Civil Veterinary Department. United Provinces 1912-22 - 1912-1922
Year: 1912
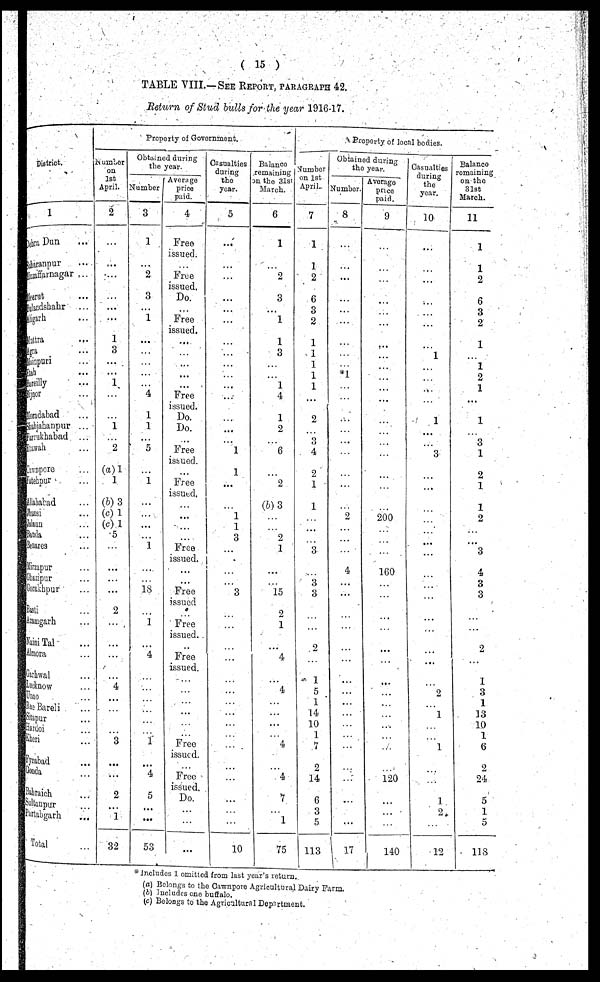
( 15 )
TABLE VIII.—SEE REPORT, PARAGRAPH 42.
Return of Stud bulls for the year 1916-17.
District.
1
Dehra Dun ...
Saharanpur ...
Muzaffarnagar ...
Meerut ...
Bulandshahr ...
Aligarh ...
Muttra ...
Agra ...
Mainpuri ...
Etah ...
Bareilly ...
Bijnor ...
Moradabad ...
Maljahanpur ...
Farrukhabad ...
Etawah ...
Jawnpore ...
Fatehpur ...
Allahabad ...
Jhansi ...
Jalaun ...
Banda ...
Benares ...
Mirzapur ...
Ghizipur ...
Gorakhpur ...
Basti ...
Azamgarh ...
Naini Tal ...
Almora ...
Garhwal ...
Lucknow ...
Guno ...
Rae Bareli ...
Sitapur ...
Hardoi ...
Kheri ...
Fyzabad ...
Gonda ...
Bahraich ...
Sultanpur ...
Partabgarh
...
Total ...
Property of Government.
Number
on
1st
April.
2
...
...
...
...
...
...
1
3
...
...
1
...
...
1
...
2
(a) 1
1
(b) 3
(c) 1
(c) 1
5
...
...
...
...
2
...
...
...
4
...
...
...
...
...
2
...
...
2
...
1
32
Obtained during
the year.
Number
3
1
...
2
3
...
1
...
...
...
...
...
4
1
l
...
5
...
1
...
...
...
...
1
...
...
18
...
1
...
4
...
...
...
...
...
...
1
...
4
5
...
...
53
Average
price
paid.
4
Free
issued.
...
Free
issued.
Do.
...
Free
issued.
...
...
...
...
...
Free
issued.
Do.
Do.
...
Free
issued.
...
Free
issued.
...
...
...
...
Free
issued.
...
...
Free
issued
...
Free
issued.
...
Free
issued.
...
...
...
...
...
...
Free
issued.
...
Free
issued.
Do.
...
...
...
Casualties
during
the
year.
5
...
...
...
...
...
...
...
...
...
...
...
...
...
...
...
1
1
...
...
1
1
3
...
...
...
3
...
...
...
...
...
...
...
...
...
...
...
...
...
...
...
...
10
Balance
remaining
on the 31st
March.
6
1
...
2
3
...
1
1
3
...
...
1
4
1
2
...
6
...
2
(b) 3
...
...
2
1
...
...
15
2
1
...
4
...
4
...
...
...
...
4
...
4
7
...
1
75
Property of local bodies.
Number
on 1st
April.
7
1
1
2
6
3
2
1
1
1
1
1
...
2
...
3
4
2
1
1
...
...
...
3
...
3
3
...
...
2
...
1
5
1
14
10
1
7
2
14
6
3
5
113
Obtained during
the year.
Number.
8
...
...
...
...
...
...
...
...
...
*1
...
...
...
...
...
...
...
...
...
2
...
...
...
4
...
...
...
...
...
...
...
...
...
...
...
...
...
...
...
...
...
...
17
Average
price
paid.
9
...
...
...
...
...
...
...
...
...
...
...
...
...
...
...
...
...
...
...
200
...
...
...
160
...
...
...
...
...
...
...
...
...
...
...
...
...
...
120
...
...
...
140
Casualties
during
the
year.
10
...
...
...
...
...
...
...
1
...
...
...
...
1
...
...
3
...
...
...
...
...
...
...
...
...
...
...
...
...
...
...
2
...
1
...
...
1
...
...
1
2
...
12
Balance
remaining
on the
31st
March.
11
1
1
2
6
3
2
1
...
1
2
1
...
1
...
3
1
2
1
1
2
...
...
3
4
3
3
...
...
2
...
1
3
1
13
10
1
6
2
24
5
1
5
118
Includes 1 omitted from last year's return.
(a) Belongs to the Cawnpore Agricultural Dairy Farm.
(b) Includes one buffalo.
(c) Belongs to the Agricultural Department